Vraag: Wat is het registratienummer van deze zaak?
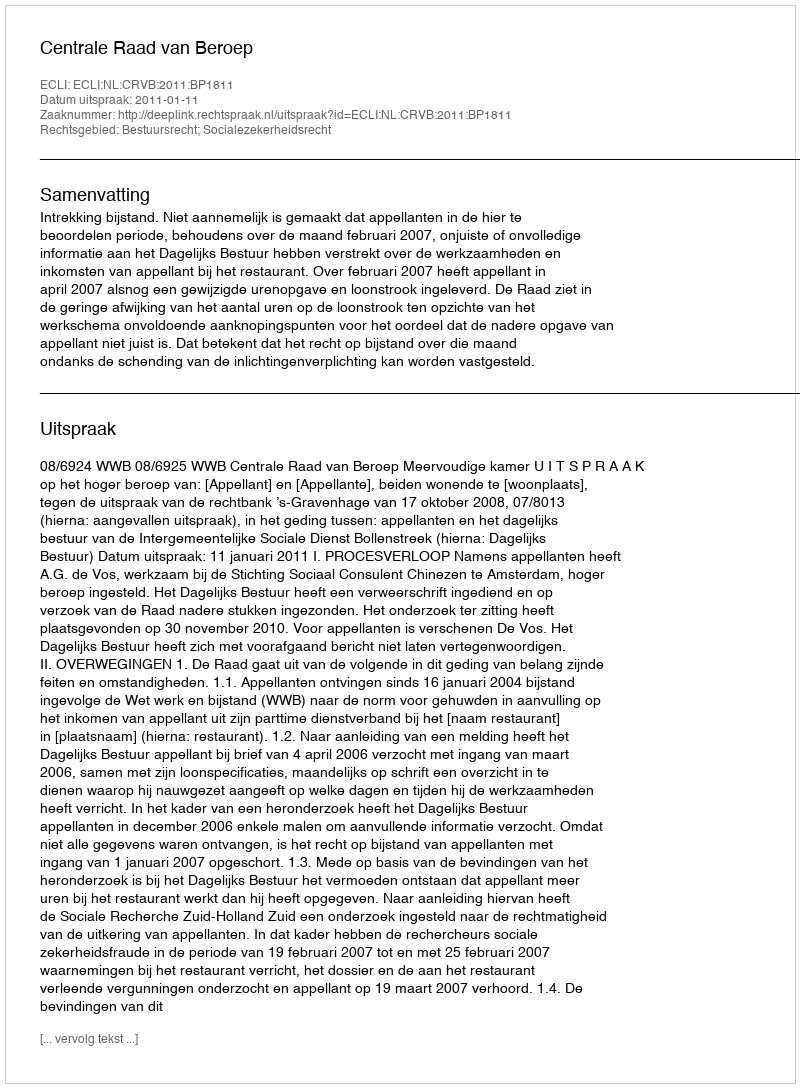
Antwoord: http://deeplink.rechtspraak.nl/uitspraak?id=ECLI:NL:CRVB:2011:BP1811